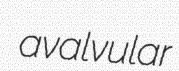
avalvular